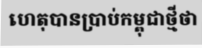
ហេតុបានប្រាប់កម្ពុជាថ្មីថា